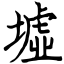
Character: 墟